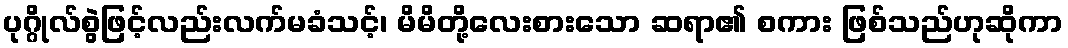
ပုဂ္ဂိုလ်စွဲဖြင့်လည်းလက်မခံသင့်၊ မိမိတို့လေးစားသော ဆရာ၏ စကား ဖြစ်သည်ဟုဆိုကာ